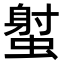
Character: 𧎭